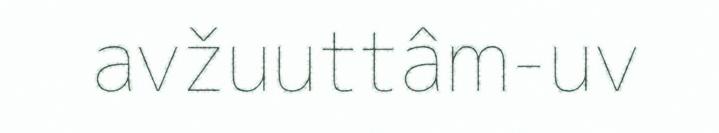
avžuuttâm-uv